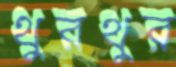
থুরথুর